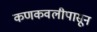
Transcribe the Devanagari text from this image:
कणकवलीपासून